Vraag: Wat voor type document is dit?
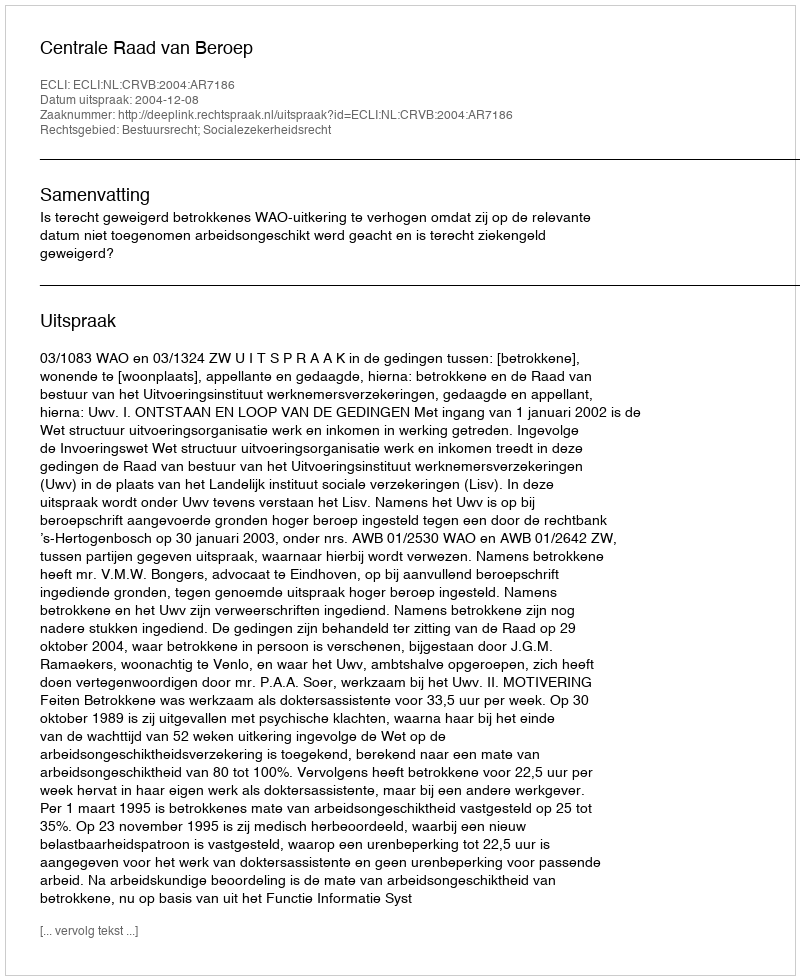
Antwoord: Uitspraak